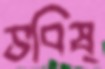
ভবিষ্